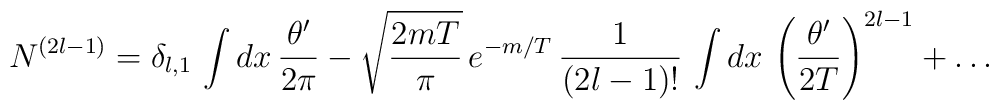
N^{(2l-1)}=\delta_{l,1}\,\int dx\,\frac{\theta^\prime}{2\pi}-\sqrt{\frac{2mT}{\pi}}\, e^{-m/T}\, \frac{1}{(2l-1)!}\, \int dx\,  \left(\frac{\theta^\prime}{2T}\right)^{2l-1}+\dots